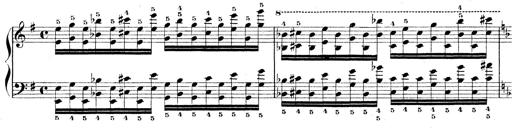
Title: Technische Studien
Composer: Franz Liszt